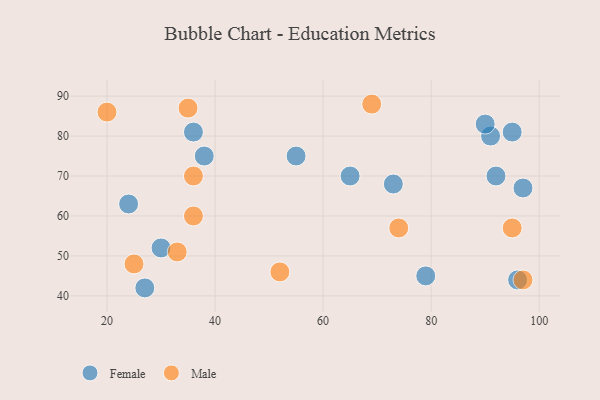
{"axis": {"x": "GDP", "y": "Life Expectancy"}, "legend": ["Female", "Male"], "data": [{"x": "96", "y": 44, "type": "Female"}, {"x": "36", "y": 81, "type": "Female"}, {"x": "27", "y": 42, "type": "Female"}, {"x": "55", "y": 75, "type": "Female"}, {"x": "30", "y": 52, "type": "Female"}, {"x": "91", "y": 80, "type": "Female"}, {"x": "24", "y": 63, "type": "Female"}, {"x": "90", "y": 83, "type": "Female"}, {"x": "73", "y": 68, "type": "Female"}, {"x": "92", "y": 70, "type": "Female"}, {"x": "97", "y": 67, "type": "Female"}, {"x": "65", "y": 70, "type": "Female"}, {"x": "38", "y": 75, "type": "Female"}, {"x": "79", "y": 45, "type": "Female"}, {"x": "95", "y": 81, "type": "Female"}, {"x": "36", "y": 60, "type": "Male"}, {"x": "35", "y": 87, "type": "Male"}, {"x": "95", "y": 57, "type": "Male"}, {"x": "97", "y": 44, "type": "Male"}, {"x": "74", "y": 57, "type": "Male"}, {"x": "69", "y": 88, "type": "Male"}, {"x": "52", "y": 46, "type": "Male"}, {"x": "33", "y": 51, "type": "Male"}, {"x": "36", "y": 70, "type": "Male"}, {"x": "25", "y": 48, "type": "Male"}, {"x": "20", "y": 86, "type": "Male"}]}